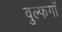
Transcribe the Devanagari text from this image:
वुल्फगाँ